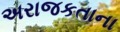
અરાજકતાના